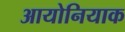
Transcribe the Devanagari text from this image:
आयोनियाक